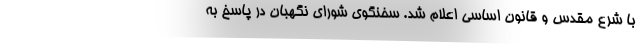
با شرع مقدس و قانون اساسی اعلام شد. سخنگوی شورای نگهبان در پاسخ به